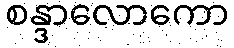
စန္ဒာလောကော